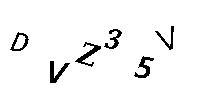
DVZ35V